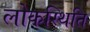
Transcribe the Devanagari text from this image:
लोकस्थिति